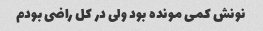
نونش کمی مونده بود ولی در کل راضی بودم